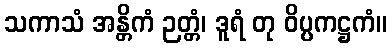
သကာသံ အန္တိကံ ဉတ္တံ၊ ဒူရံ တု ဝိပ္ပကဋ္ဌကံ။